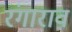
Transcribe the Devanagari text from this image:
रंगाराव